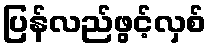
ပြန်လည်ဖွင့်လှစ်